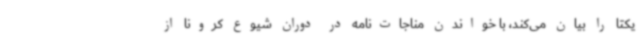
یکتا را بیان می‌کند، با خواندن مناجات‌نامه در دوران شیوع کرونا از